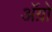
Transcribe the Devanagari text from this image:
अॅग्रो